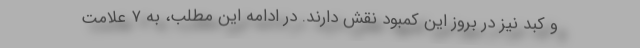
و کبد نیز در بروز این کمبود نقش دارند. در ادامه این مطلب، به ۷ علامت